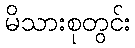
မိသားစုတွင်း